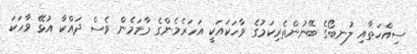
ސިއްހަތާއި ލުނބޯގެ ބޭނުންތެރިކަމުގެ ވާހަކައަކީ އަހަރެމެންގެ މާމަމެން ވެސް ދައްކާ އުޅޭ ވާހަކަ